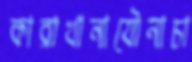
কারাখানাযৌনাচা